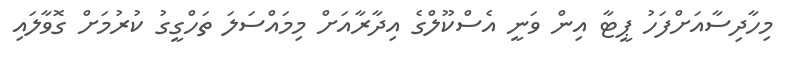
މިހާދިސާއަށްފަހު ޕީޓާ އިން ވަނީ އެސްކޫލްގެ އިދާރާއަށް މިމައްސަލަ ތަހްގީގު ކުރުމަށް ގޮވާލައި